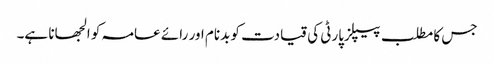
جس کا مطلب پیپلزپارٹی کی قیادت کو بدنام اور رائے عامہ کو الجھانا ہے۔